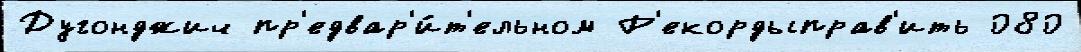
Дугонджич пр'едвар'и́т'ельном Р'екордыправ'ить 080